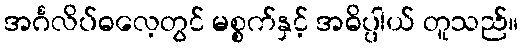
အင်္ဂလိပ်ဓလေ့တွင် မစ္စက်နှင့် အဓိပ္ပါယ် တူသည်။